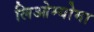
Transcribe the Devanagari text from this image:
लिओम्योमा